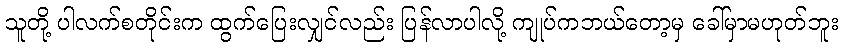
သူတို့ ပါလက်စတိုင်းက ထွက်ပြေးလျှင်လည်း ပြန်လာပါလို့ ကျုပ်ကဘယ်တော့မှ ခေါ်မှာမဟုတ်ဘူး